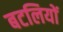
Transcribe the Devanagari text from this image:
बटलियों